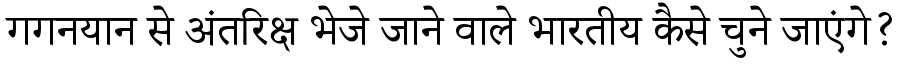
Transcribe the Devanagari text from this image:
गगनयान से अंतरिक्ष भेजे जाने वाले भारतीय कैसे चुने जाएंगे?